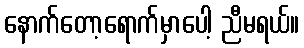
နောက်တော့ရောက်မှာပေါ့ ညီမရယ်။